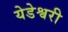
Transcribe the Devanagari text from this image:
येडेश्वरी